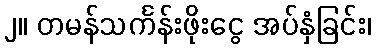
၂။ တမန်သင်္ကန်းဖိုးငွေ အပ်နှံခြင်း၊